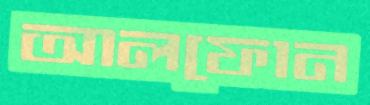
আলফোন